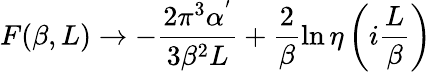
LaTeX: F(\beta,L)\rightarrow-\frac{2\pi^{3}\alpha^{'}}{3\beta^{2}L}+\frac{2}{\beta}\ln{\eta\left(i\frac{L}{\beta}\right)}